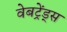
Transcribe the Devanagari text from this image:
वेबट्रेंड्स